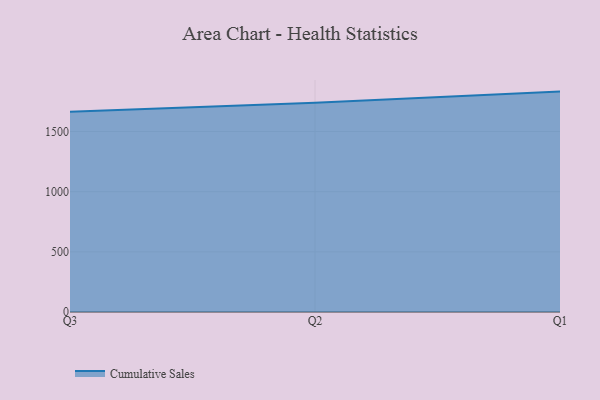
{"axis": {"x": "Quarter", "y": "Customer Acquisition Cost (USD)"}, "legend": ["Cumulative Sales"], "data": [{"x": "Q3", "y": 1663.7, "type": "Cumulative Sales"}, {"x": "Q2", "y": 1738.8, "type": "Cumulative Sales"}, {"x": "Q1", "y": 1831.7, "type": "Cumulative Sales"}]}